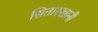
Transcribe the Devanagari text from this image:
सितारखानी